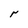
Character: r